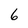
Character: 6